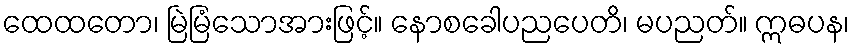
ထေထတော၊ မြဲမြံသောအားဖြင့်။ နောစခေါပညပေတိ၊ မပညတ်။ ဣဓပန၊